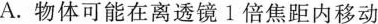
A.物体可能在离透镜1倍焦距内移动